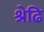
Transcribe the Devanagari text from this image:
श्रेढि